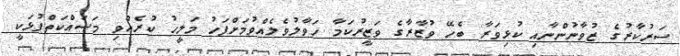
ސަރުކާރުގެ ޒުވާނުންނާއި ކުޅިވަރާ ބެހޭ ވުޒާރާގެ ވަޒީރުކަމާ ހަވާލުވެލެއްވުމަށްފަހު މަލީހު ކުރެއްވި މަސައްކަތްޕުޅަކީ